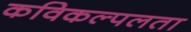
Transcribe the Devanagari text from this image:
कविकल्पलता